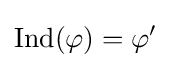
{\text{Ind}}(\varphi )=\varphi '